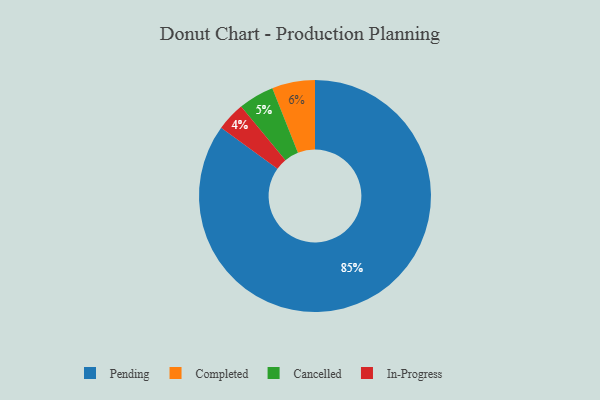
{"axis": {"x": "Category", "y": "Percentage"}, "legend": ["Cancelled", "Completed", "In-Progress", "Pending"], "data": [{"x": "Pending", "y": 85, "type": "Pending"}, {"x": "In-Progress", "y": 4, "type": "In-Progress"}, {"x": "Cancelled", "y": 5, "type": "Cancelled"}, {"x": "Completed", "y": 6, "type": "Completed"}]}